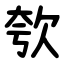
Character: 㰭